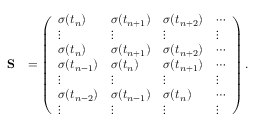
\begin{array} { r l } { \bf S } & { = \left( \begin{array} { l l l l } { \sigma ( t _ { n } ) } & { \sigma ( t _ { n + 1 } ) } & { \sigma ( t _ { n + 2 } ) } & { \cdots } \\ { \vdots } & { \vdots } & { \vdots } & { \vdots } \\ { \sigma ( t _ { n } ) } & { \sigma ( t _ { n + 1 } ) } & { \sigma ( t _ { n + 2 } ) } & { \cdots } \\ { \sigma ( t _ { n - 1 } ) } & { \sigma ( t _ { n } ) } & { \sigma ( t _ { n + 1 } ) } & { \cdots } \\ { \vdots } & { \vdots } & { \vdots } & { \vdots } \\ { \sigma ( t _ { n - 2 } ) } & { \sigma ( t _ { n - 1 } ) } & { \sigma ( t _ { n } ) } & { \cdots } \\ { \vdots } & { \vdots } & { \vdots } & { \vdots } \end{array} \right) . } \end{array}